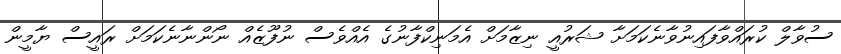
ސުވާލް ކުރައްވާފައިނުވާނެކަމަށާ ޝަރުއީ ނިޒާމަށް އެމަނިކްފާނުގެ އެއްވެސް ނުފޫޒެއް ނޯންނާނެކަމަށް ރައީސް ޔާމީން